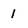
Character: 1